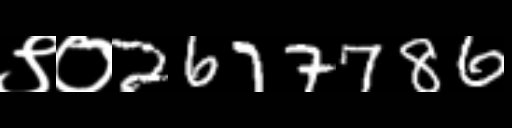
Text: ९०2677786